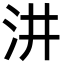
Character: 汫